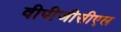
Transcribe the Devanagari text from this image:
वीपीजीसीएल